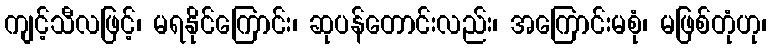
ကျင့်သီလဖြင့်၊ မရနိုင်ကြောင်း၊ ဆုပန်တောင်းလည်း၊ အကြောင်းမစုံ၊ မဖြစ်တုံဟု၊